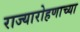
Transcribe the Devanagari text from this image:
राज्यारोहणाच्या